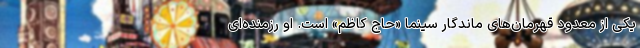
یکی از معدود قهرمان‌های ماندگار سینما «حاج کاظم» است. او رزمنده‌‌ای‌